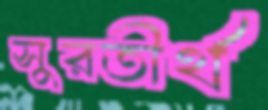
সুরতীর্থ